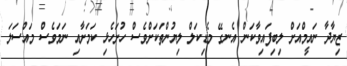
ޒިޔާދާ ނައީމްއަށް ލިބިފައިވާކަން އެނގޭ މެޑިކަލް ލިޔުންތަކަށްވެސް ހުށަހެޅި ކަމަށާއި ނަމަވެސް މައްސަލަ